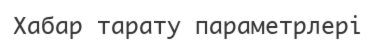
Хабар тарату параметрлері